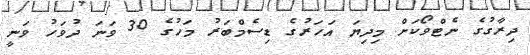
ދިރާގުގެ ނެޓްވޯކަށް މިދިޔަ އަހަރުގެ ޑިސެމްބަރު މަހުގެ 30 ވަނަ ދުވަހު ވަނީ